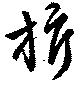
旗